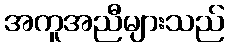
အကူအညီများသည်